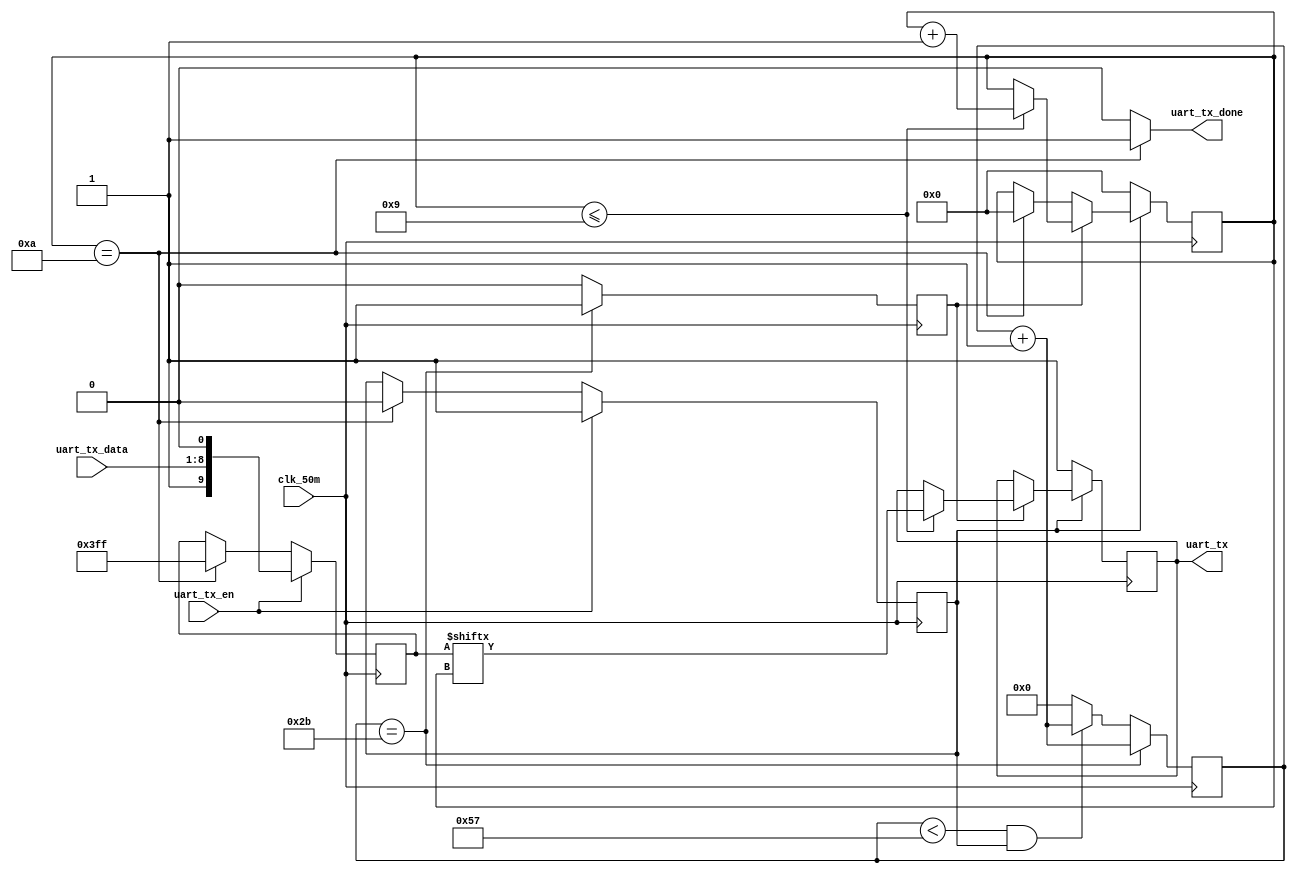
// This program was cloned from: https://github.com/Digital-EDA/Digital-IDE
// License: MIT License

module uart_tx(
	input clk_50m,
	input [7:0] uart_tx_data,	      
	input uart_tx_en,			        
	output uart_tx,
	output uart_tx_done
);

parameter BAUD_DIV     = 13'd87;  
parameter BAUD_DIV_CAP = 13'd43;     
reg [12:0] baud_div=0;			         
reg baud_bps=0;				            
reg [9:0] send_data=10'b1111111111;    
reg [3:0] bit_num=0;	                
reg uart_send_flag=0;	                
reg uart_tx_r=1;		              
always@(posedge clk_50m)
begin
	if(baud_div==BAUD_DIV_CAP)	        
		begin
			baud_bps<=1'b1;
			baud_div<=baud_div+1'b1;
		end
	else if(baud_div<BAUD_DIV && uart_send_flag)
		begin
			baud_div<=baud_div+1'b1;
			baud_bps<=0;	
		end
	else
		begin
			baud_bps<=0;
			baud_div<=0;
		end
end

always@(posedge clk_50m)
begin
    if(uart_tx_en)	
		begin
			uart_send_flag<=1'b1;
			send_data<={1'b1,uart_tx_data,1'b0};
		end
	else if(bit_num==4'd10)	
		begin
			uart_send_flag<=1'b0;
			send_data<=10'b1111_1111_11;
		end
end

always@(posedge clk_50m)
begin
	if(uart_send_flag)	
		begin
			if(baud_bps)
				begin
					if(bit_num<=4'd9)
						begin
							uart_tx_r<=send_data[bit_num];	
							bit_num<=bit_num+1'b1;
						end
				end
			else if(bit_num==4'd10)
				bit_num<=4'd0;
		end
	else
		begin
			uart_tx_r<=1'b1;	
			bit_num<=0;
		end
end

assign uart_tx=uart_tx_r;
assign uart_tx_done = (bit_num == 10) ? 1:0;
endmodule